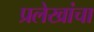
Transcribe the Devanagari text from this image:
प्रलेखांचा